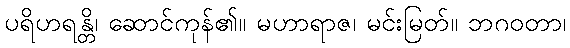
ပရိဟရန္တိ၊ ဆောင်ကုန်၏။ မဟာရာဇ၊ မင်းမြတ်။ ဘဂဝတာ၊